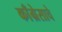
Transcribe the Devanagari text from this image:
काँग्रेसाचे